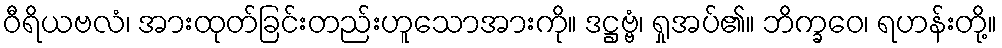
ဝီရိယဗလံ၊ အားထုတ်ခြင်းတည်းဟူသောအားကို။ ဒဋ္ဌဗ္ဗံ၊ ရှုအပ်၏။ ဘိက္ခဝေ၊ ရဟန်းတို့။